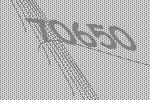
70650